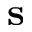
\bf s